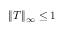
\begin{array} { r } { \| T \| _ { \infty } \leq 1 } \end{array}